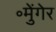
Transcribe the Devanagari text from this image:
॰मुेंगेर